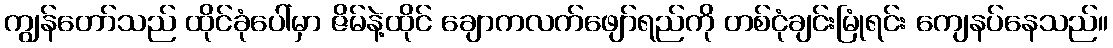
ကျွန်တော်သည် ထိုင်ခုံပေါ်မှာ ဇိမ်နဲ့ထိုင် ချောကလက်ဖျော်ရည်ကို တစ်ငုံချင်းမြုံရင်း ကျေနပ်နေသည်။